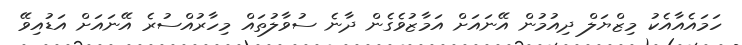
ހަމައެއާއެކު މިޒްޔަލް ދިއުމުން އޭނައަށް އަމާޒުވެގެން ދާނެ ސުވާލުތައް މިހާރުއްސުރެ އޭނައަށް އަޑުއިވޭ